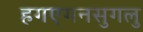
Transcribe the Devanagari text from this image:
हगएगनसुगलु